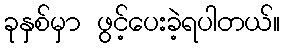
ခုနှစ်မှာ ဖွင့်ပေးခဲ့ရပါတယ်။